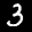
Label: 3